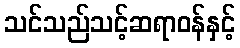
သင်သည်သင့်ဆရာဝန်နှင့်